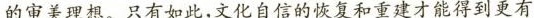
的审美理想。只有如此,文化自信的恢复和重建才能得到更有